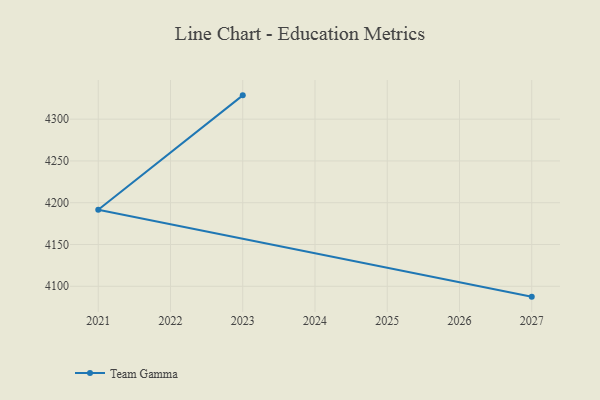
{"axis": {"x": "Year", "y": "Page Views"}, "legend": ["Team Gamma"], "data": [{"x": "2027", "y": 4087.6, "type": "Team Gamma"}, {"x": "2021", "y": 4191.6, "type": "Team Gamma"}, {"x": "2023", "y": 4328.5, "type": "Team Gamma"}]}